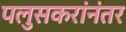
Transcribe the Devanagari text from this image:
पलुसकरांनंतर